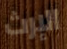
الإرث